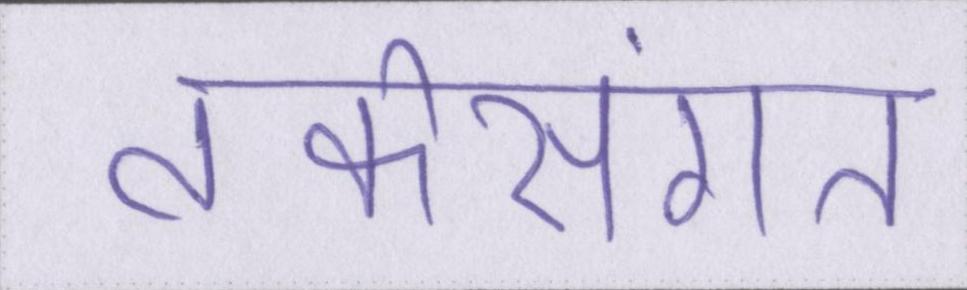
तर्कसंगत